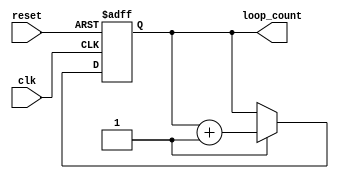
module do_while_loop (
    input wire clk,
    input wire reset,
    output reg [7:0] loop_count
);

// Initialize loop counter
reg [7:0] loop_count;
initial begin
    loop_count = 0;
end

// Do-While loop
always @ (posedge clk or posedge reset) begin
    if(reset) begin
        loop_count <= 0;
    end else begin
        // Execute loop body
        // (insert code here)
        
        // Evaluate loop condition
        if(condition_evaluates_to_true) begin
            loop_count <= loop_count + 1;
        end else begin
            // Exit loop
            // (insert code here)
        end
    end
end

endmodule